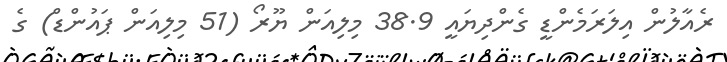
ރެއާލުން އިލަރަމެންޑީ ގެންދިޔައީ 38.9 މިލިއަން ޔޫރޯ (51 މިލިއަން ޕައުންޑް) ގެ